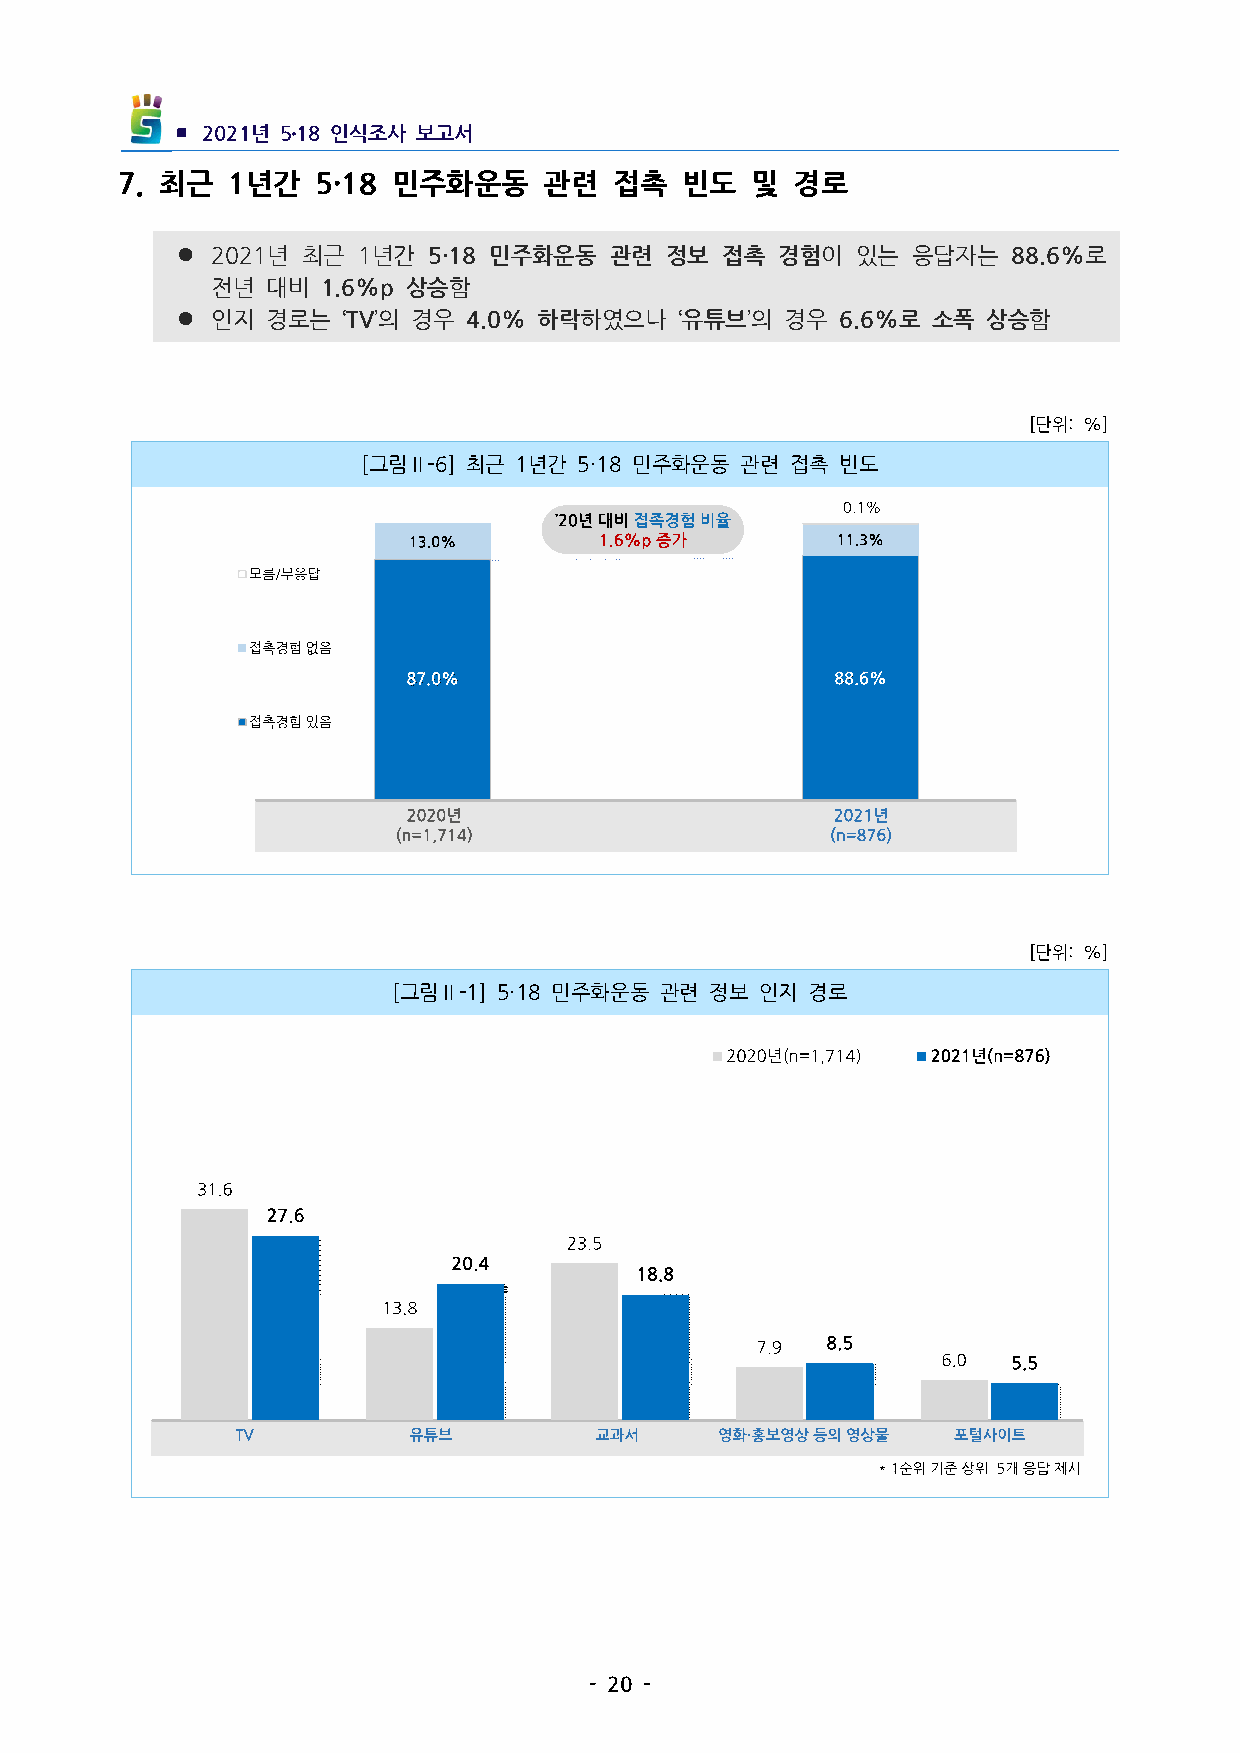
▪ 2021년 5․18인식조사 보고서
 7. 최근 1년간   5·18 민주화운동    관련   접촉  빈도   및  경로
 l 2021년 최근  1년간 5·18 민주화운동 관련  정보  접촉 경험이   있는 응답자는   88.6%로
 전년  대비 1.6%p상승함
 l 인지  경로는  ‘TV’의 경우 4.0%하락하였으나  ‘유튜브’의 경우  6.6%로 소폭 상승함
 [단위:%]
 [그림Ⅱ-6] 최근 1년간 5·18민주화운동 관련 접촉 빈도
 [단위:%]
 [그림Ⅱ-1] 5·18민주화운동 관련 정보 인지 경로
 -20-